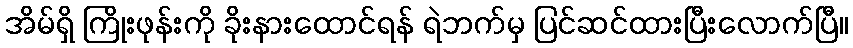
အိမ်ရှိ ကြိုးဖုန်းကို ခိုးနားထောင်ရန် ရဲဘက်မှ ပြင်ဆင်ထားပြီးလောက်ပြီ။